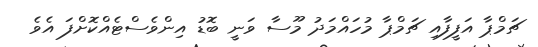
ޗަމްޕާ އަފީފާއި ޗަމްޕާ މުހައްމަދު މޫސާ ވަނީ ބޮޑު އިންވެސްޓެއްކޮށްފަ އެވެ